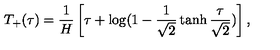
T _ { + } ( \tau ) = \frac { 1 } { H } \left[ \tau + \log ( 1 - \frac { 1 } { \sqrt { 2 } } \tanh \frac { \tau } { \sqrt { 2 } } ) \right] ,